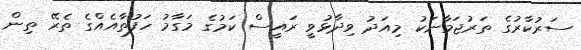
ސަރުކާރުގެ ތަރުޖަމާނަކު މިއަދު ވިދާޅުވީ ރައީސް ކަމުގެ މަގާމު ހަފުތާއެއްގެ ތެރޭ ތިން